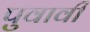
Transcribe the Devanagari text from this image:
पुवावी